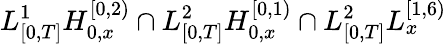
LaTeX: L_{[0,T]}^{1}H_{0,x}^{[0,2)}\cap L_{[0,T]}^{2}H_{0,x}^{[0,1)}\cap L_{[0,T]}^{2}L_{x}^{[1,6)}